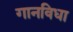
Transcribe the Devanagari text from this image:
गानविधा